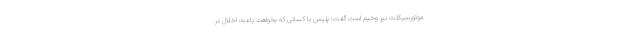
موتورسیکلت نیز وخیم است گفت: پلیس با کسانی که بخواهند باعث اخلال در